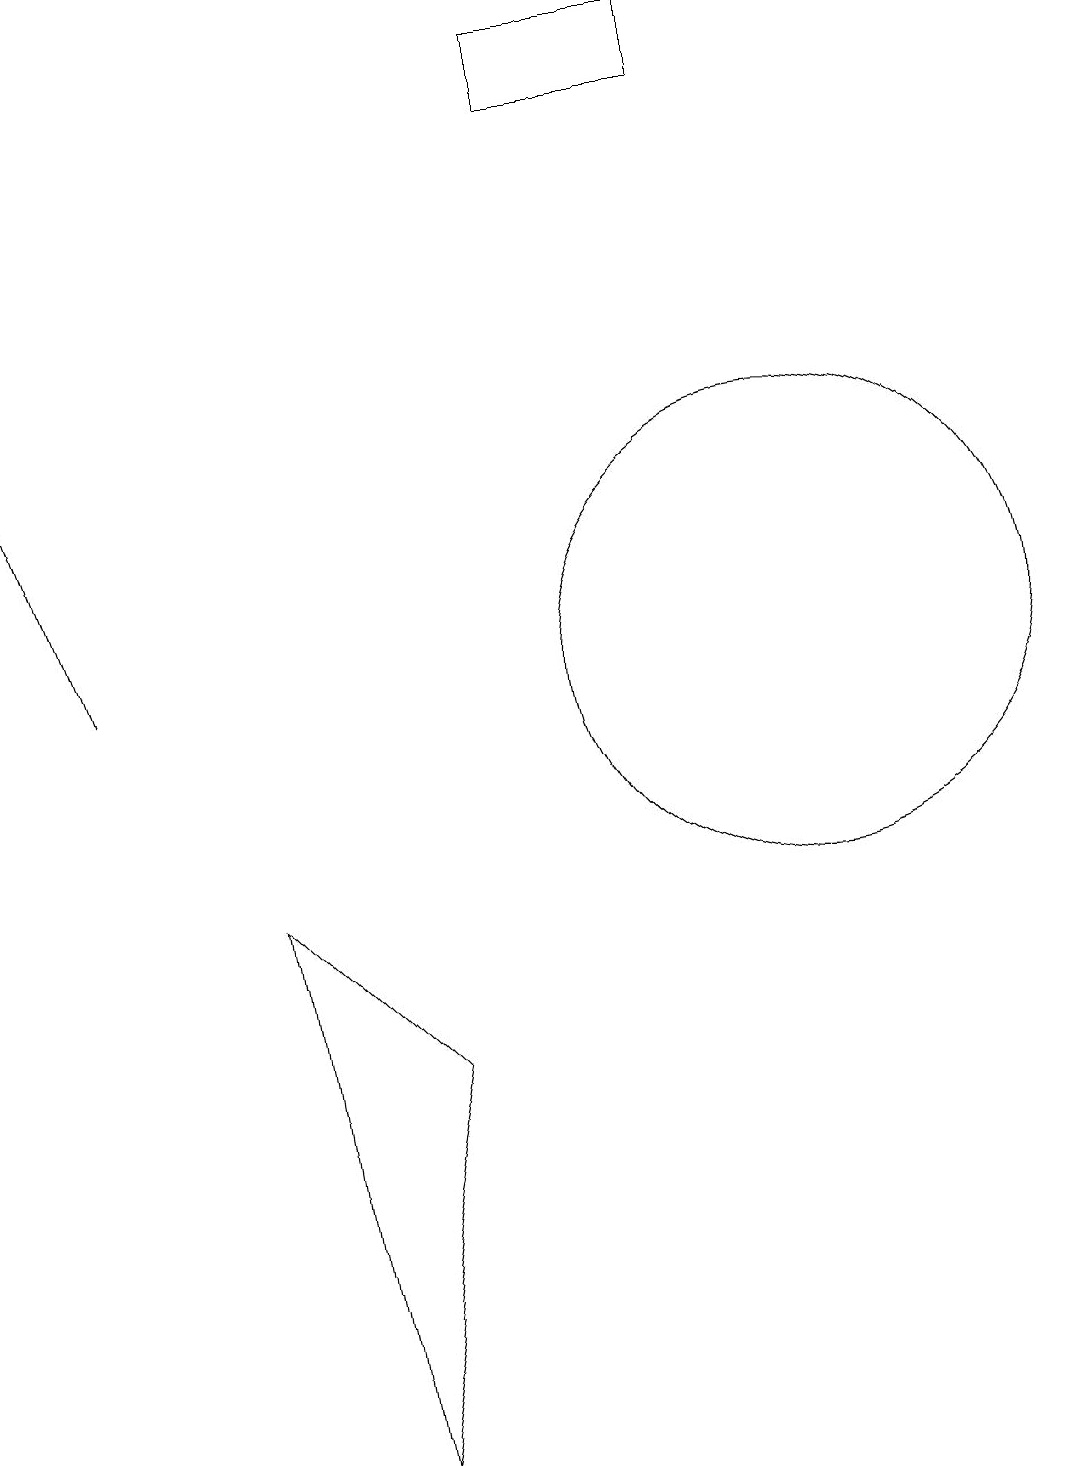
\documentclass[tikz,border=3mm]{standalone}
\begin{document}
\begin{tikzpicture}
\draw[->] (1,10) -- (0,13);
\draw (6,12) rectangle (6,12);
\draw (7,18) rectangle (9,17);
\draw (5,5) -- (4,0) -- (3,7) -- cycle;
\draw (10,10) circle (3);
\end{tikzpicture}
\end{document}